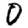
Digit: 0